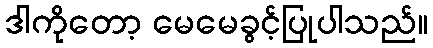
ဒါကိုတော့ မေမေခွင့်ပြုပါသည်။